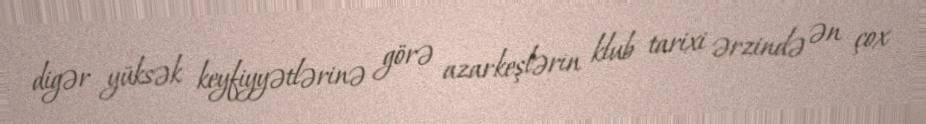
digər yüksək keyfiyyətlərinə görə azarkeşlərin klub tarixi ərzində ən çox